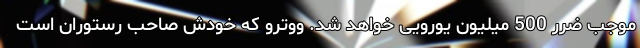
موجب ضرر 500 میلیون یورویی خواهد شد. ووترو که خودش صاحب رستوران است